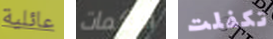
عائلية اللكمات تكفلت